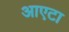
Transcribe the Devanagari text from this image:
आएटा